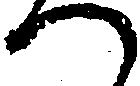
つ